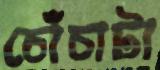
চোঁচাটা